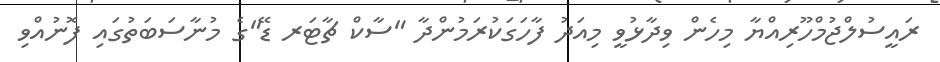
ރައީސުލްޖުމްހޫރިއްޔާ މިހެން ވިދާޅުވީ މިއަދު ފާހަގަކުރަމުންދާ "ސާކް ޗާޓަރ ޑޭ"ގެ މުނާސަބަތުގައި ފޮނުއްވި